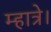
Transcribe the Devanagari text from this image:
म्हात्रे।